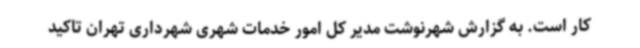
کار است. به گزارش شهرنوشت مدیر کل امور خدمات شهری شهرداری تهران تاکید